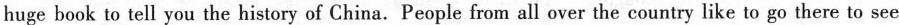
huge book to tell you the history of China. People from all over the country like to go there to see